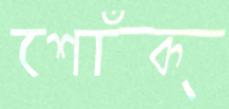
শোঁক্‌